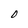
Character: 0